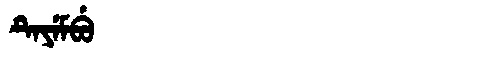
Manchu: ᡨᡝᠶᡝᠮᠪᡠ
Romanization: TEYEMBU